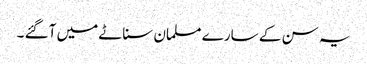
یہ سن کے سارے مسلمان سناٹے میں آگئے ۔